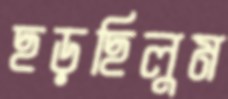
ছড়ছিলুম